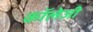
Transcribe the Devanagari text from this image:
कॉलेजी